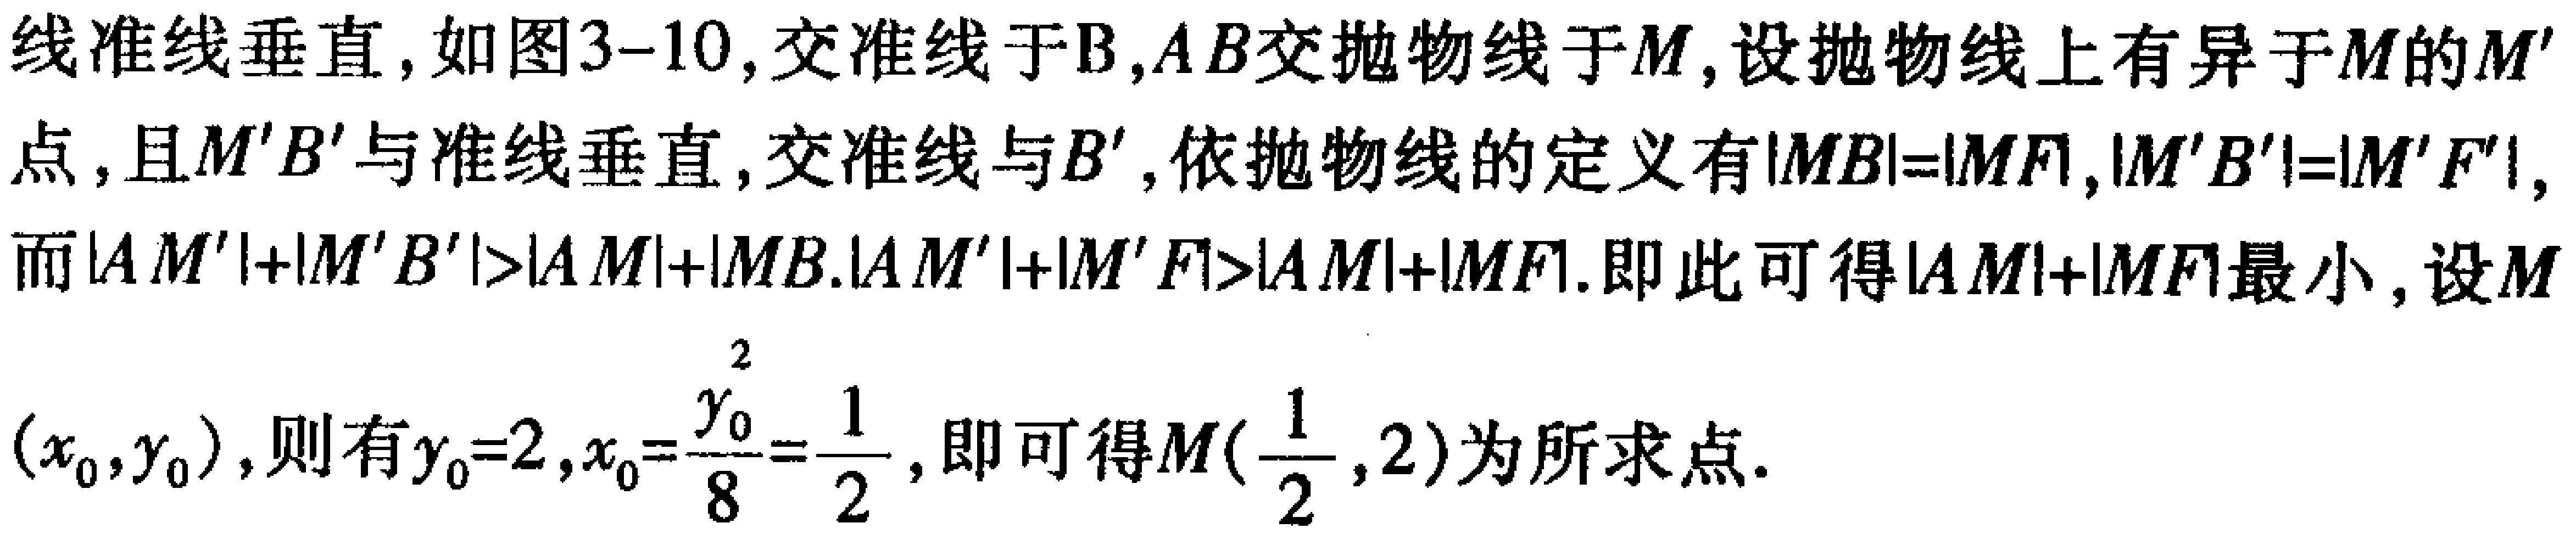
线准线垂直, 如图3-10, 交准线于B, \(AB\)交抛物线于\(M\), 设抛物线上有异于\(M\)的\(M'\)点, 且\(M'B'\)与准线垂直, 交准线与\(B'\), 依抛物线的定义有\(\vert MB\vert=\vert MF\vert,\vert M'B'\vert=\vert M'F\vert,\)而\(\vert AM'\vert+\vert M'B'\vert>\vert AM\vert+\vert MB\vert.\vert AM'\vert+\vert M'F\vert>\vert AM\vert+\vert MF\vert.\)即此可得\(\vert AM\vert+\vert MF\vert\)最小, 设\(M(x_{0},y_{0})\), 则有\(y_{0}=2,x_{0}=\frac{y_{0}^{2}}{8}=\frac{1}{2}\), 即可得\(M(\frac{1}{2},2)\)为所求点.